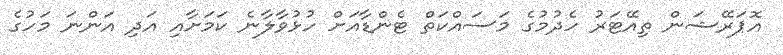
އޮޕަރޭޝަން ތިއޭޓަރު ހެދުމުގެ މަސައްކަތް ޓެންޑާއަށް ހުޅުވާލާނެ ކަމަށާއި އަދި އަންނަ މަހުގެ